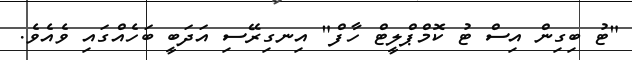
"ޓު ބިގިން އިސް ޓު ކޮމްޕްލީޓް ހާފް" އިނގިރޭސި އަދަބީ ބަހެއްގައި ވެއެވެ.